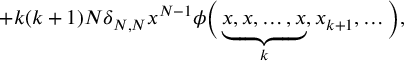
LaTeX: + k ( k + 1 ) N \delta _ { N , N } x ^ { N - 1 } \phi \Bigl ( \, \underbrace { x , x , \dots , x } _ { k } , x _ { k + 1 } , \dots \Bigr ) ,